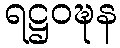
ရဋ္ဌဝဍ္ဎန